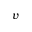
v